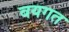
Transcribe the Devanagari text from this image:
वयगत